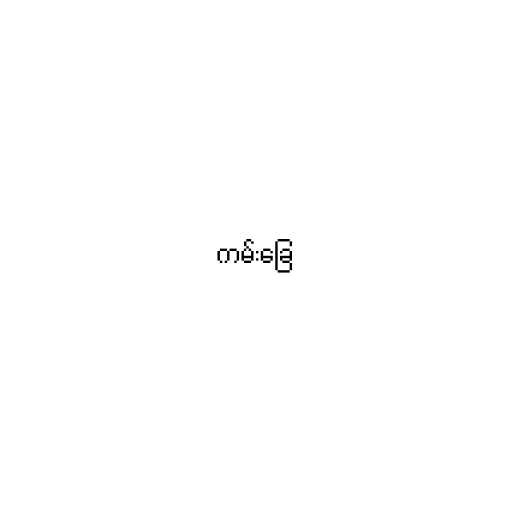
ကမ်းခြေ